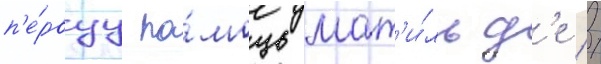
п'е́рвуу по́мощь мат'и́льд'е //